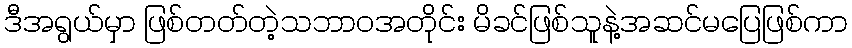
ဒီအရွယ်မှာ ဖြစ်တတ်တဲ့သဘာဝအတိုင်း မိခင်ဖြစ်သူနဲ့အဆင်မပြေဖြစ်ကာ